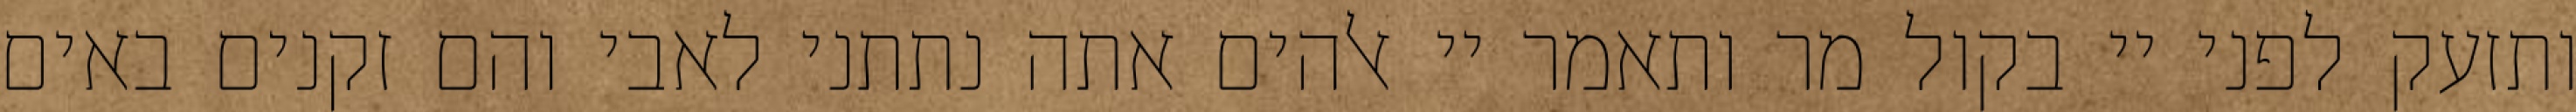
ותזעק לפני יי בקול מר ותאמר יי אלהים אתה נתתני לאבי והם זקנים באים